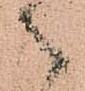
々